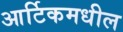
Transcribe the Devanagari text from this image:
आर्टिकमधील